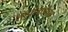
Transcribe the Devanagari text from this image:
तापीबाईपण